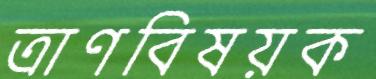
ত্রাণবিষয়ক